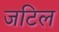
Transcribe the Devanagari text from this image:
जटिल